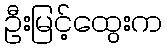
ဦးမြင့်ထွေးက